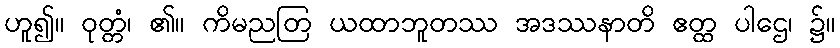
ဟူ၍။ ဝုတ္တံ၊ ၏။ ကိမညတြ ယထာဘူတဿ အဒဿနာတိ ဧတ္ထ ပါဌေ၊ ၌။